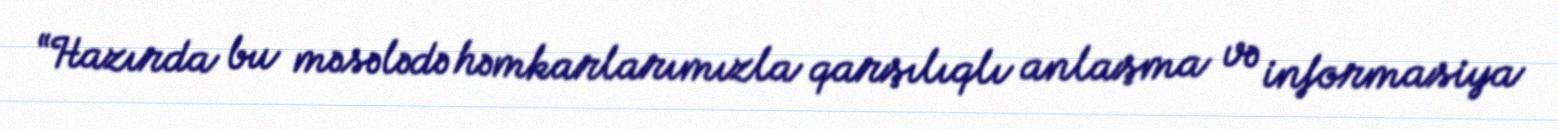
“Hazırda bu məsələdə həmkarlarımızla qarşılıqlı anlaşma və informasiya